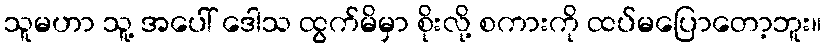
သူမဟာ သူ့ အပေါ် ဒေါသ ထွက်မိမှာ စိုးလို့ စကားကို ထပ်မပြောတော့ဘူး။